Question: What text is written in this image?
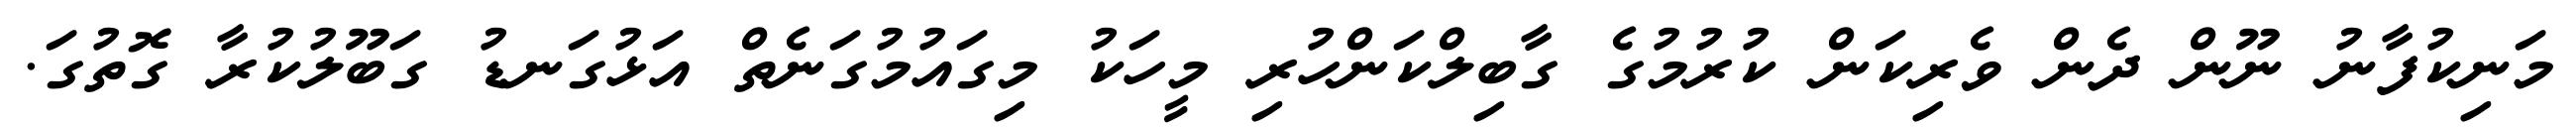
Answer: މަނިކުފާނު ނޫން ދެން ވެރިކަން ކުރުމުގެ ގާބިލްކަންހުރި މީހަކު މިގައުމުގަނެތް އަޅުގަނޑު ގަބޫލުކުރާ ގޮތުގަ.